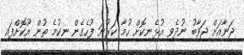
ޖަނާއަށް ޖަވާބު ނުދެވި އުޅެނިކޮށް ހުމާ ކަރުނަ ފުހެގެން ނިކުމެ ތުން އޫކޮށްފައި